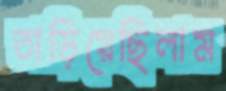
তাড়িয়েছিলাম